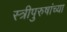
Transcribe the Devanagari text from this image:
स्त्रीपुरुषांच्या